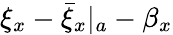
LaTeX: \xi_{x}-{\bar{\xi}_{x}}|_{a}-\beta_{x}